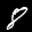
Label: 8